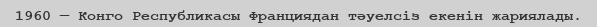
1960 — Конго Республикасы Франциядан тәуелсіз екенін жариялады.